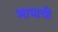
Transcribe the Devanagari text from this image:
मापाची